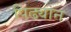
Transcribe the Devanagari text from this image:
पिढ्यान